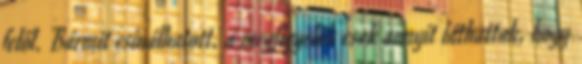
felől. Bármit csinálhatott, a megfigyelők csak annyit láthattak, hogy